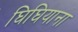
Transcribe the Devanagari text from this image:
घिघियाना